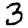
Digit: 3